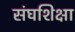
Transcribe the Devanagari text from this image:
संघशिक्षा